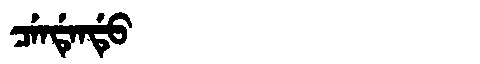
Manchu: ᠴᡝᠨᡩᡝᠨᡩᡠ
Romanization: CENDENDU